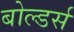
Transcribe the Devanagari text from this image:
बोल्डर्स